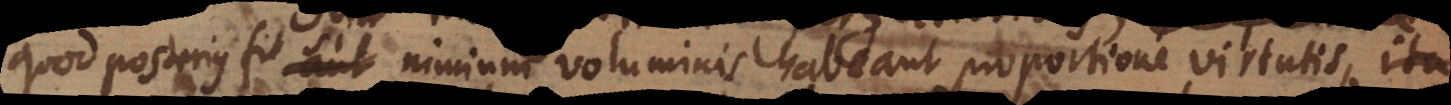
quod posterius fit si nimium voluminis habeant proportione virtutis, ita